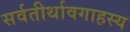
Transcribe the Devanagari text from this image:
सर्वतीर्थावगाहस्य